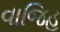
વાજિહ